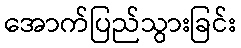
အောက်ပြည်သွားခြင်း